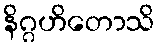
နိဂ္ဂဟိတောသိ